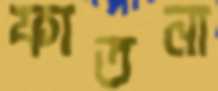
ফাতনা